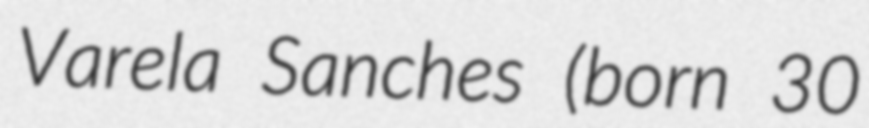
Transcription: Varela Sanches (born 30